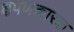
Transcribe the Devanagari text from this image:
क्षपणकारक